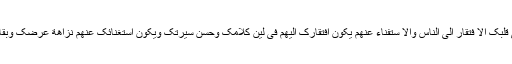
(لیجتمع فی قلبک الا فتقار الی الناس والا ستفناء عنھم یکون افتقارک الیھم فی لین کلامک وحسن سیرتک ویکون استغنائک عنھم نزاھة عرضک وبقاء عزک) ۔